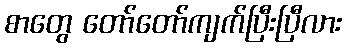
စာတွေ တော်တော်ကျက်ပြီးပြီလား